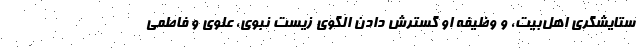
ستایشگری اهل‌بیت، و وظیفه او گسترش دادن الگوی زیست نبوی، علوی و فاطمی